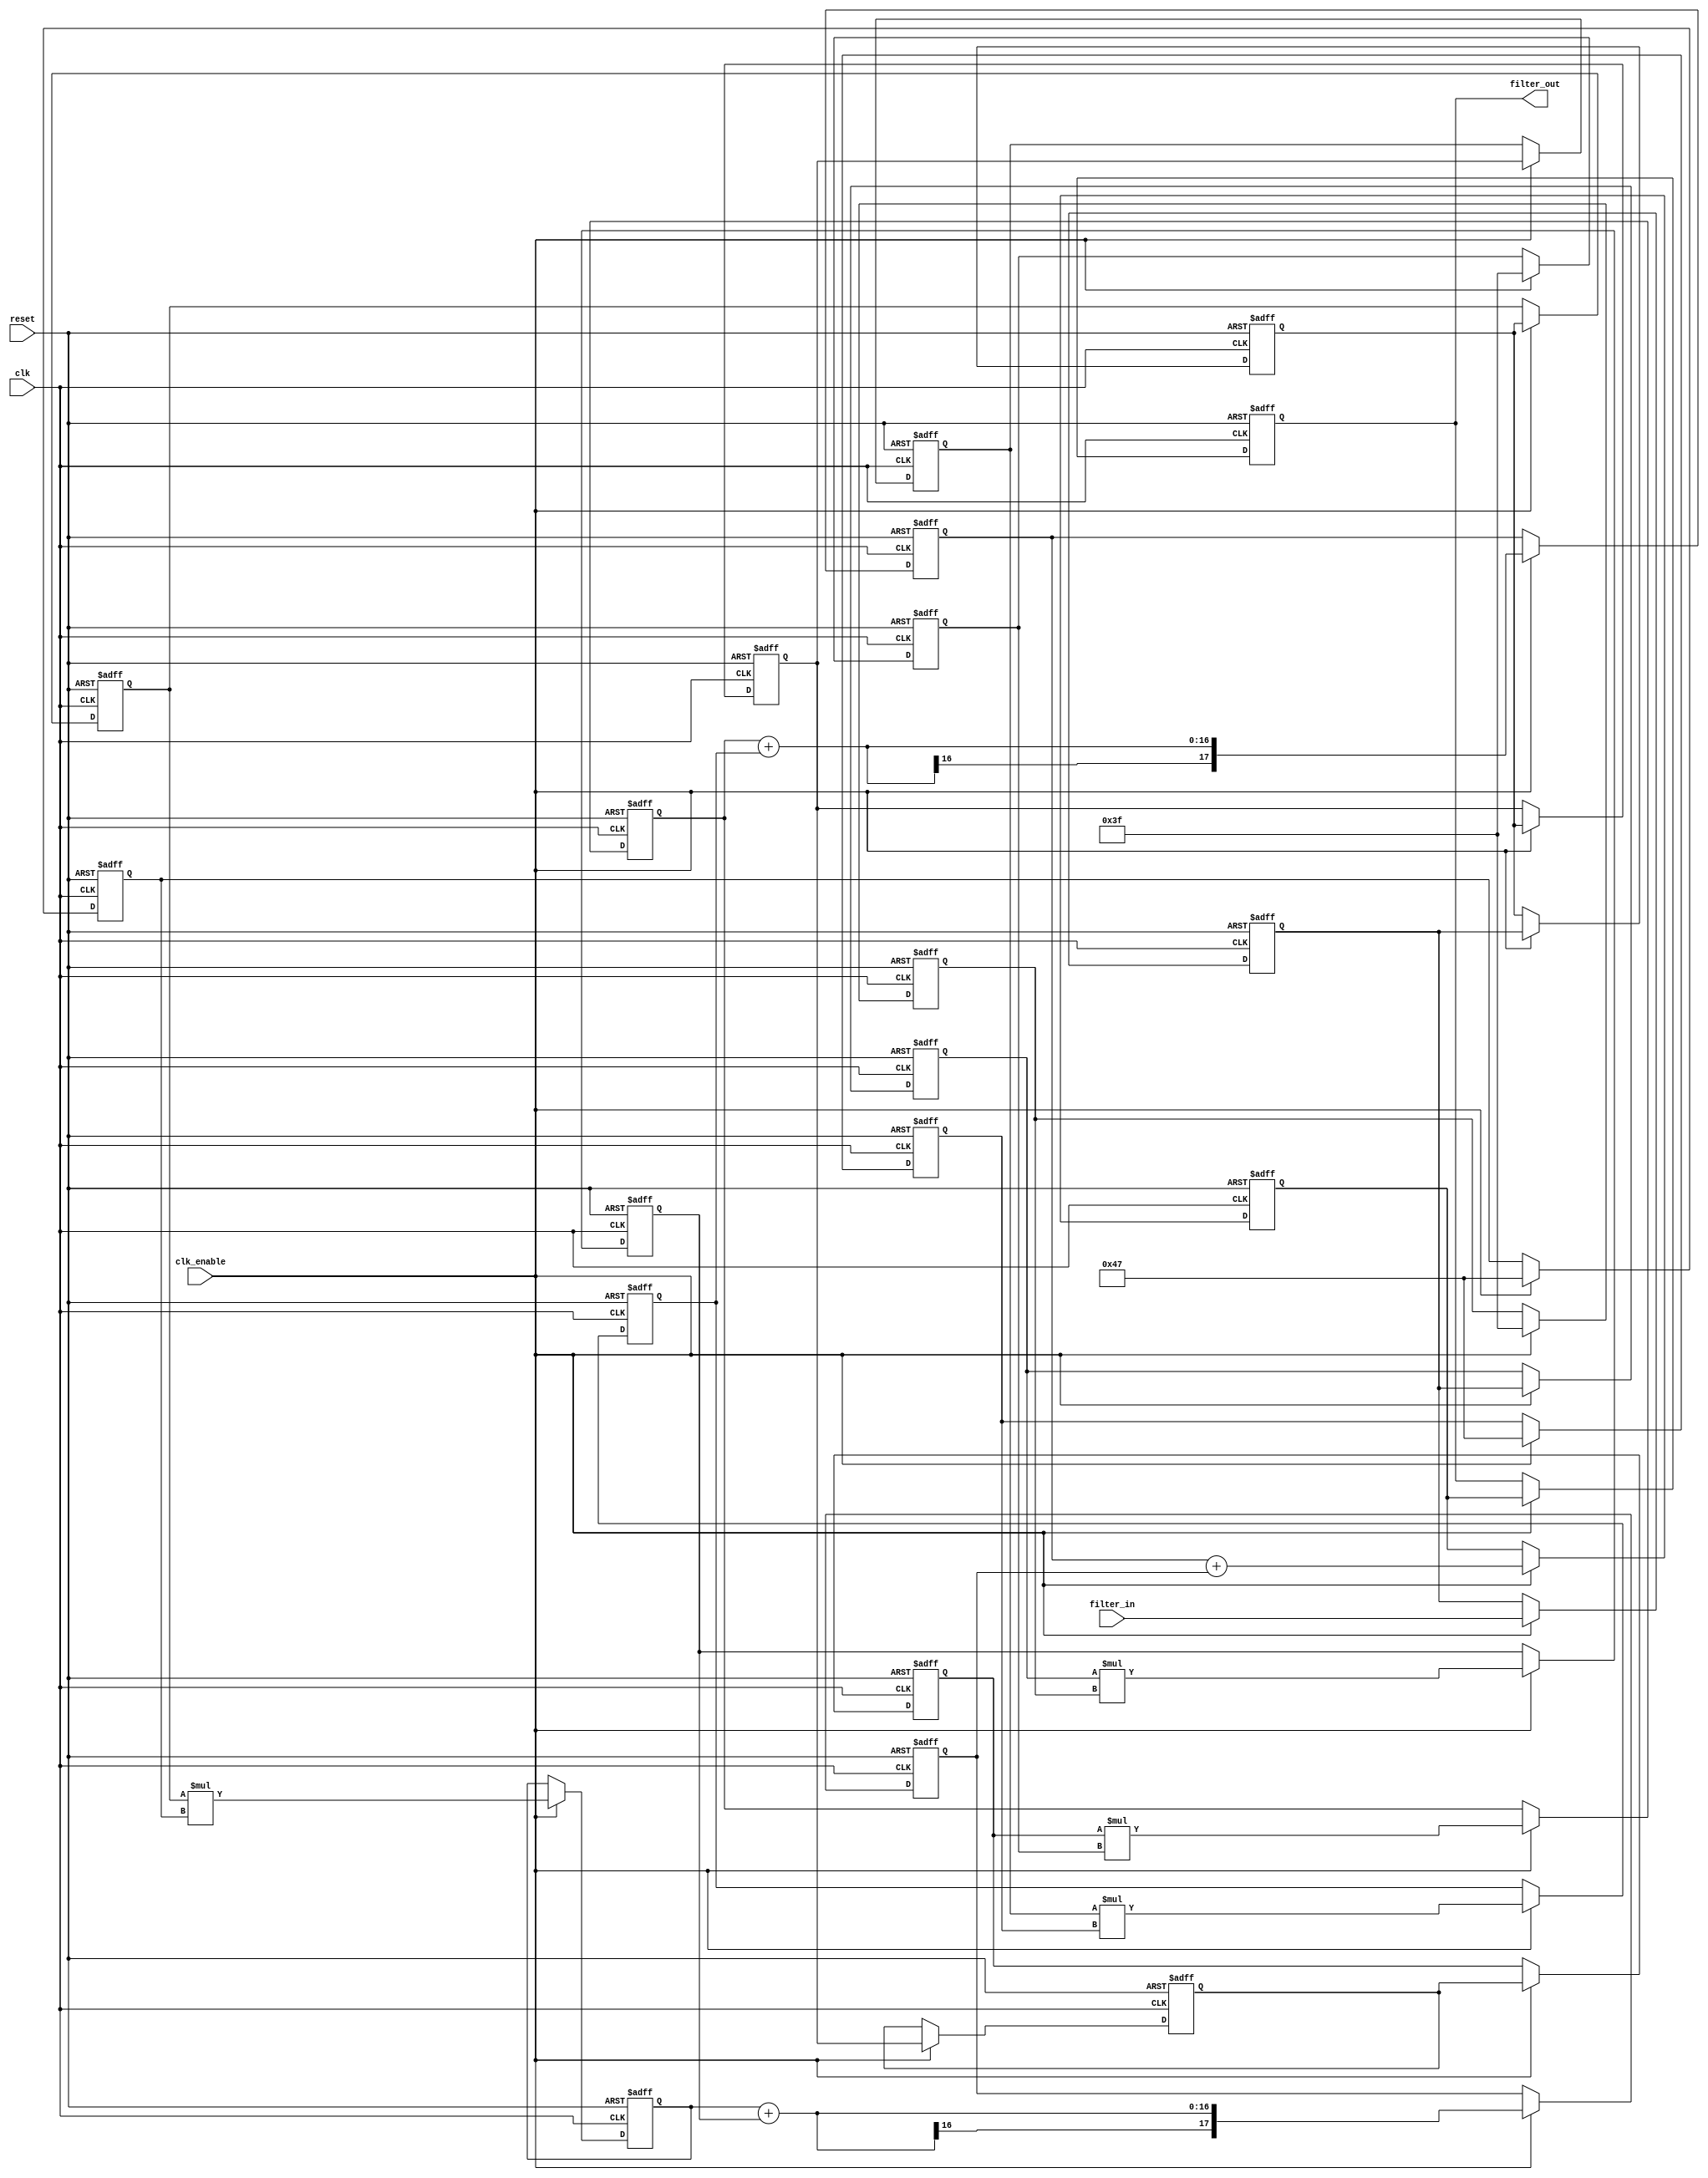
// -------------------------------------------------------------
//
// Module: fir_min_8b_1p
// Generated by MATLAB(R) 9.12 and Filter Design HDL Coder 3.1.11.
// Generated on: 2023-06-27 19:36:24
// -------------------------------------------------------------

// -------------------------------------------------------------
// HDL Code Generation Options:
//
// FIRAdderStyle: tree
// MultiplierInputPipeline: 1
// MultiplierOutputPipeline: 1
// OptimizeForHDL: on
// TargetDirectory: W:\Nikos\UTh\ \Project\FIR_Minimum_Order\multiplier_1_pipeline\8b_fixed_point
// AddPipelineRegisters: on
// Name: fir_min_8b_1p
// InputDataType: numerictype(1,8,0)
// TargetLanguage: Verilog
// TestBenchName: fir_min_8b_1p_tb
// TestBenchStimulus: impulse step ramp chirp noise 

// Filter Specifications:
//
// Sample Rate     : 46 kHz
// Response        : Lowpass
// Specification   : N,Fp,Fst,Ap
// Stopband Edge   : 9.6 kHz
// Passband Ripple : 60 dB
// Filter Order    : 3
// Passband Edge   : 8 kHz
// -------------------------------------------------------------

// -------------------------------------------------------------
// HDL Implementation    : Fully parallel
// Folding Factor        : 1
// -------------------------------------------------------------
// Filter Settings:
//
// Discrete-Time FIR Filter (real)
// -------------------------------
// Filter Structure  : Direct-Form FIR
// Filter Length     : 4
// Stable            : Yes
// Linear Phase      : Yes (Type 2)
// Arithmetic        : fixed
// Numerator         : s8,16 -> [-1.953125e-03 1.953125e-03)
// -------------------------------------------------------------




`timescale 1 ns / 1 ns

module fir_min_8b_1p
               (
                clk,
                clk_enable,
                reset,
                filter_in,
                filter_out
                );

  input   clk; 
  input   clk_enable; 
  input   reset; 
  input   signed [7:0] filter_in; //sfix8
  output  signed [17:0] filter_out; //sfix18_En16

////////////////////////////////////////////////////////////////
//Module Architecture: fir_min_8b_1p
////////////////////////////////////////////////////////////////
  // Local Functions
  // Type Definitions
  // Constants
  parameter signed [7:0] coeff1 = 8'b00111111; //sfix8_En16
  parameter signed [7:0] coeff2 = 8'b01000111; //sfix8_En16
  parameter signed [7:0] coeff3 = 8'b01000111; //sfix8_En16
  parameter signed [7:0] coeff4 = 8'b00111111; //sfix8_En16

  // Signals
  reg  signed [7:0] delay_pipeline [0:3] ; // sfix8
  wire signed [15:0] product4; // sfix16_En16
  reg  signed [7:0] delay_pipeline_3_under_pipe; // sfix8
  reg  signed [7:0] coeff4_pipe; // sfix8_En16
  reg  signed [15:0] product4_pipe; // sfix16_En16
  wire signed [15:0] product3; // sfix16_En16
  reg  signed [7:0] delay_pipeline_2_under_pipe; // sfix8
  reg  signed [7:0] coeff3_pipe; // sfix8_En16
  reg  signed [15:0] product3_pipe; // sfix16_En16
  wire signed [15:0] product2; // sfix16_En16
  reg  signed [7:0] delay_pipeline_1_under_pipe; // sfix8
  reg  signed [7:0] coeff2_pipe; // sfix8_En16
  reg  signed [15:0] product2_pipe; // sfix16_En16
  wire signed [15:0] product1; // sfix16_En16
  reg  signed [7:0] delay_pipeline_0_under_pipe; // sfix8
  reg  signed [7:0] coeff1_pipe; // sfix8_En16
  reg  signed [15:0] product1_pipe; // sfix16_En16
  wire signed [17:0] sum_final; // sfix18_En16
  wire signed [17:0] sum1_1; // sfix18_En16
  wire signed [15:0] add_signext; // sfix16_En16
  wire signed [15:0] add_signext_1; // sfix16_En16
  wire signed [16:0] add_temp; // sfix17_En16
  reg  signed [17:0] sumpipe1_1; // sfix18_En16
  wire signed [17:0] sum1_2; // sfix18_En16
  wire signed [15:0] add_signext_2; // sfix16_En16
  wire signed [15:0] add_signext_3; // sfix16_En16
  wire signed [16:0] add_temp_1; // sfix17_En16
  reg  signed [17:0] sumpipe1_2; // sfix18_En16
  wire signed [17:0] sum2_1; // sfix18_En16
  wire signed [17:0] add_signext_4; // sfix18_En16
  wire signed [17:0] add_signext_5; // sfix18_En16
  wire signed [18:0] add_temp_2; // sfix19_En16
  reg  signed [17:0] sumpipe2_1; // sfix18_En16
  reg  signed [17:0] output_register; // sfix18_En16

  // Block Statements
  always @( posedge clk or posedge reset)
    begin: Delay_Pipeline_process
      if (reset == 1'b1) begin
        delay_pipeline[0] <= 0;
        delay_pipeline[1] <= 0;
        delay_pipeline[2] <= 0;
        delay_pipeline[3] <= 0;
      end
      else begin
        if (clk_enable == 1'b1) begin
          delay_pipeline[0] <= filter_in;
          delay_pipeline[1] <= delay_pipeline[0];
          delay_pipeline[2] <= delay_pipeline[1];
          delay_pipeline[3] <= delay_pipeline[2];
        end
      end
    end // Delay_Pipeline_process


  always @ (posedge clk or posedge reset)
    begin: temp_process1
      if (reset == 1'b1) begin
        delay_pipeline_3_under_pipe <= 0;
        coeff4_pipe <= 0;
        product4_pipe <= 0;
      end
      else begin
        if (clk_enable == 1'b1) begin
          delay_pipeline_3_under_pipe <= delay_pipeline[3];
          coeff4_pipe <= coeff4;

          product4_pipe <= delay_pipeline_3_under_pipe * coeff4_pipe;

        end
      end
    end // temp_process1

  assign product4 = product4_pipe;

  always @ (posedge clk or posedge reset)
    begin: temp_process2
      if (reset == 1'b1) begin
        delay_pipeline_2_under_pipe <= 0;
        coeff3_pipe <= 0;
        product3_pipe <= 0;
      end
      else begin
        if (clk_enable == 1'b1) begin
          delay_pipeline_2_under_pipe <= delay_pipeline[2];
          coeff3_pipe <= coeff3;

          product3_pipe <= delay_pipeline_2_under_pipe * coeff3_pipe;

        end
      end
    end // temp_process2

  assign product3 = product3_pipe;

  always @ (posedge clk or posedge reset)
    begin: temp_process3
      if (reset == 1'b1) begin
        delay_pipeline_1_under_pipe <= 0;
        coeff2_pipe <= 0;
        product2_pipe <= 0;
      end
      else begin
        if (clk_enable == 1'b1) begin
          delay_pipeline_1_under_pipe <= delay_pipeline[1];
          coeff2_pipe <= coeff2;

          product2_pipe <= delay_pipeline_1_under_pipe * coeff2_pipe;

        end
      end
    end // temp_process3

  assign product2 = product2_pipe;

  always @ (posedge clk or posedge reset)
    begin: temp_process4
      if (reset == 1'b1) begin
        delay_pipeline_0_under_pipe <= 0;
        coeff1_pipe <= 0;
        product1_pipe <= 0;
      end
      else begin
        if (clk_enable == 1'b1) begin
          delay_pipeline_0_under_pipe <= delay_pipeline[0];
          coeff1_pipe <= coeff1;

          product1_pipe <= delay_pipeline_0_under_pipe * coeff1_pipe;

        end
      end
    end // temp_process4

  assign product1 = product1_pipe;

  assign add_signext = product4;
  assign add_signext_1 = product3;
  assign add_temp = add_signext + add_signext_1;
  assign sum1_1 = $signed({{1{add_temp[16]}}, add_temp});

  assign add_signext_2 = product2;
  assign add_signext_3 = product1;
  assign add_temp_1 = add_signext_2 + add_signext_3;
  assign sum1_2 = $signed({{1{add_temp_1[16]}}, add_temp_1});

  always @ (posedge clk or posedge reset)
    begin: temp_process5
      if (reset == 1'b1) begin
        sumpipe1_1 <= 0;
        sumpipe1_2 <= 0;
      end
      else begin
        if (clk_enable == 1'b1) begin
          sumpipe1_1 <= sum1_1;
          sumpipe1_2 <= sum1_2;
        end
      end
    end // temp_process5

  assign add_signext_4 = sumpipe1_1;
  assign add_signext_5 = sumpipe1_2;
  assign add_temp_2 = add_signext_4 + add_signext_5;
  assign sum2_1 = add_temp_2[17:0];

  always @ (posedge clk or posedge reset)
    begin: temp_process6
      if (reset == 1'b1) begin
        sumpipe2_1 <= 0;
      end
      else begin
        if (clk_enable == 1'b1) begin
          sumpipe2_1 <= sum2_1;
        end
      end
    end // temp_process6

  assign sum_final = sumpipe2_1;

  always @ (posedge clk or posedge reset)
    begin: Output_Register_process
      if (reset == 1'b1) begin
        output_register <= 0;
      end
      else begin
        if (clk_enable == 1'b1) begin
          output_register <= sum_final;
        end
      end
    end // Output_Register_process

  // Assignment Statements
  assign filter_out = output_register;
endmodule  // fir_min_8b_1p